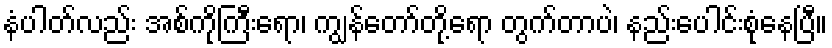
နံပါတ်လည်း အစ်ကိုကြီးရော၊ ကျွန်တော်တို့ရော တွက်တာပဲ၊ နည်းပေါင်းစုံနေပြီ။